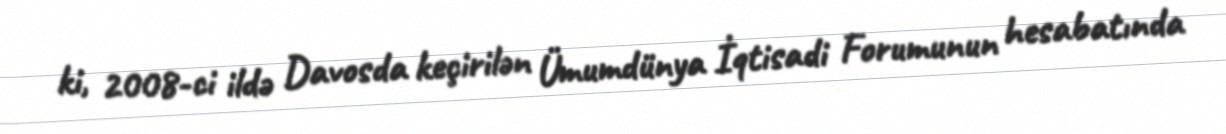
ki, 2008-ci ildə Davosda keçirilən Ümumdünya İqtisadi Forumunun hesabatında